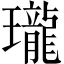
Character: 瓏